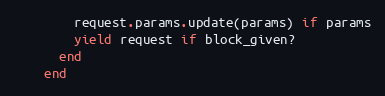
Language: Ruby
        request.params.update(params) if params
        yield request if block_given?
      end
    end